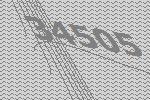
34505